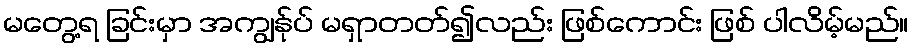
မတွေ့ရ ခြင်းမှာ အကျွန်ုပ် မရှာတတ်၍လည်း ဖြစ်ကောင်း ဖြစ် ပါလိမ့်မည်။